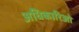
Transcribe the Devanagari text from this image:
अधिकारिओ